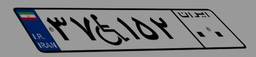
۱۹W۶۶۱۷۸